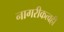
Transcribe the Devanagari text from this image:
नागरीकत्वही